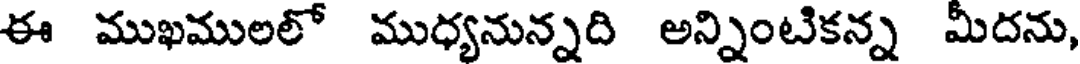
ఈ ముఖములలో ముధ్యనున్నది అన్నింటికన్న మీదను,